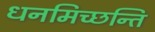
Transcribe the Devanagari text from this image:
धनमिच्छन्ति